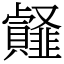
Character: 䪥